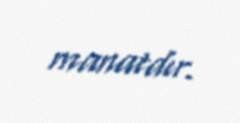
manatdır.